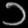
Digit: ၁